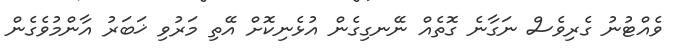
ވެއްޓުނު ގެރިވެސް ނަގާނެ ގޮތެއް ނޭނގިގެން އުޅެނިކޮށް އޭތި މަރުވި ޚަަބަރު އާންމުވެގެން